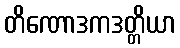
တိဏောဒကဒတ္တိယာ